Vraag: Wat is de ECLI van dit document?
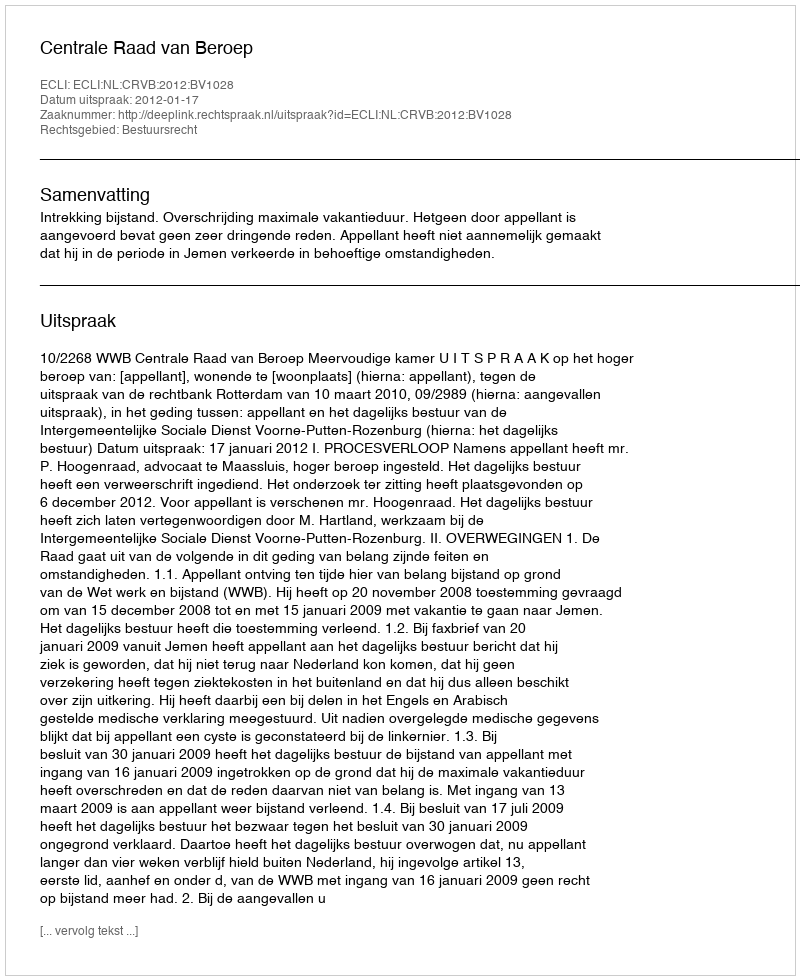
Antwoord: ECLI:NL:CRVB:2012:BV1028